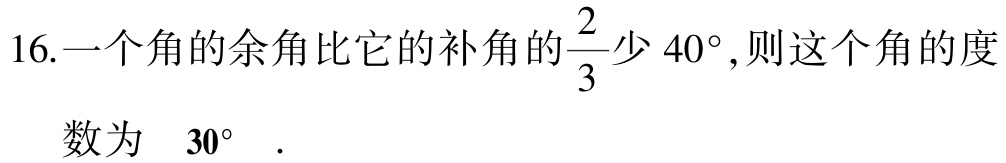
16.一个角的余角比它的补角的$\dfrac{2}{3}$少$40^{\circ}$,则这个角的度

数为 $30^{\circ}$ .